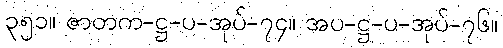
၃၅၁။ ဇာတက-ဋ္ဌ-ပ-အုပ်-၇၄။ အပ-ဋ္ဌ-ပ-အုပ်-၇၆။